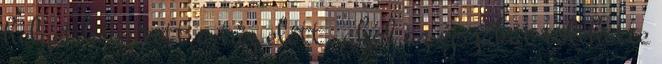
helyet készített a tűz előtt, ahol az éjszakát tölthette